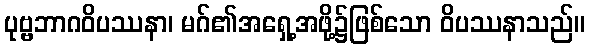
ပုဗ္ဗဘာဂဝိပဿနာ၊ မဂ်၏အရှေ့အဖို့၌ဖြစ်သော ဝိပဿနာသည်။